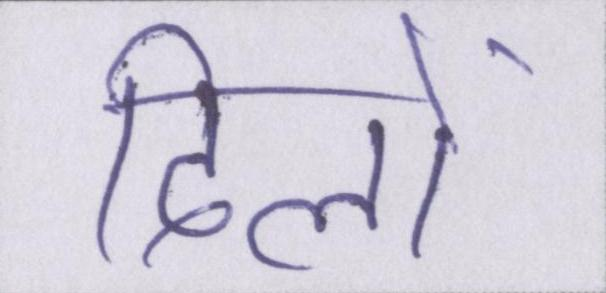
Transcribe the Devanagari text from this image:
दिलों